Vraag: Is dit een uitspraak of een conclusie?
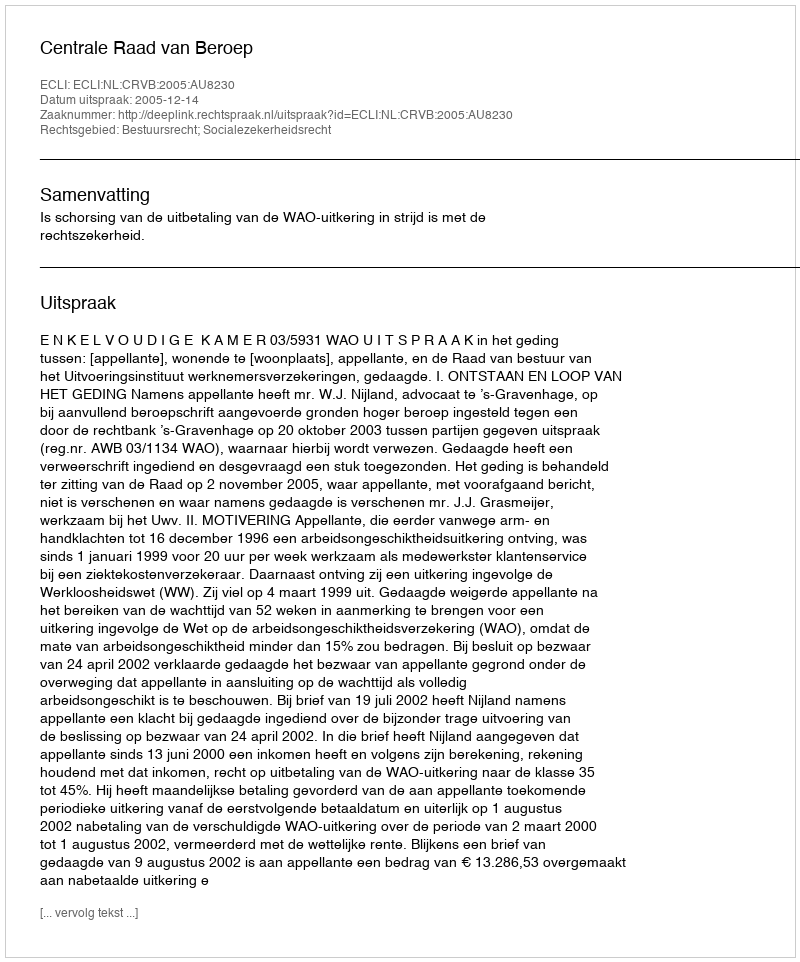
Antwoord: Uitspraak